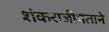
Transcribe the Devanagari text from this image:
शंकराजीपंताने